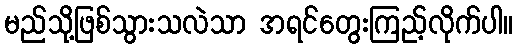
မည်သို့ဖြစ်သွားသလဲသာ အရင်တွေးကြည့်လိုက်ပါ။